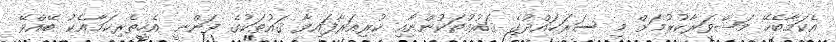
އެކަމާބެހޭ މަޝްވަރާކުރުމަށް މި ސަރަޙައްދުގެ ޤައުމުތަކުންނާއި ކުރިއަރާފައިވާ ޤައުތަކުގެ ފަންނީ އެހީތެރިކަމާއެކު ބޭއްވޭ